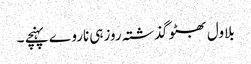
بلاول بھٹو گذشتہ روزہی ناروے پہنچے ۔